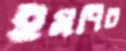
ইমপিচ